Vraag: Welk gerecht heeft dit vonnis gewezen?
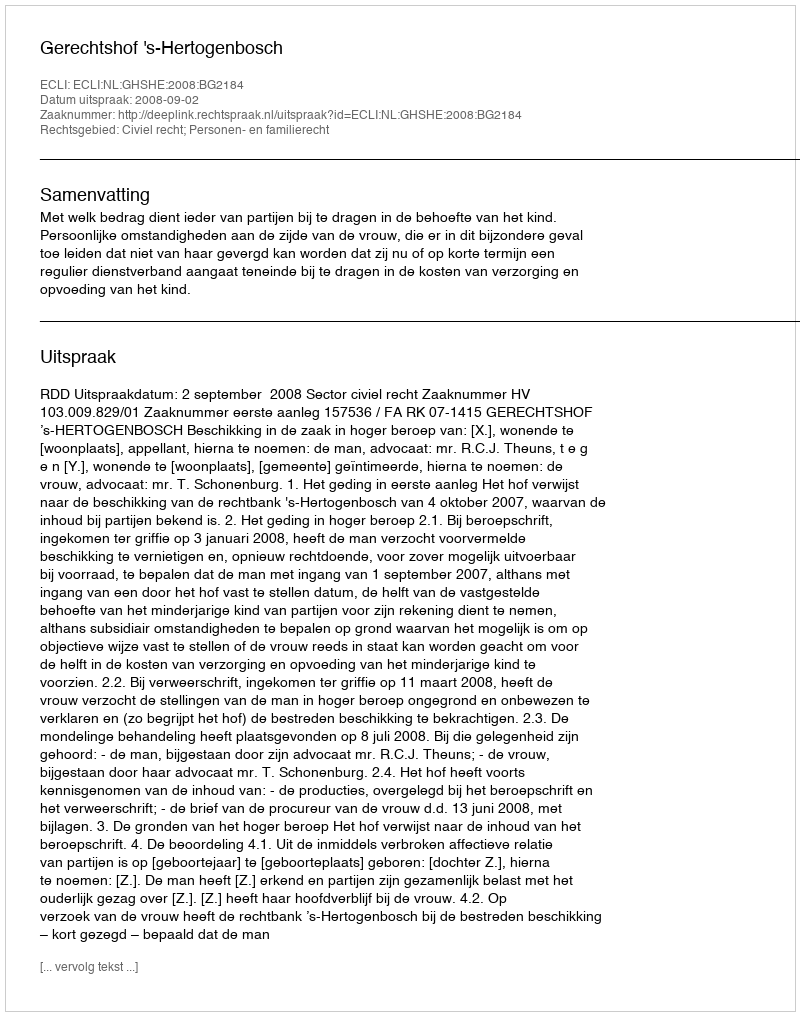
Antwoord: Gerechtshof 's-Hertogenbosch